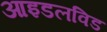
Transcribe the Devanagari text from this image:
आइडलविड